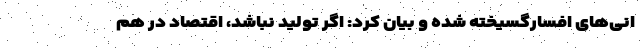
انی‌های افسارگسیخته شده و بیان کرد: اگر تولید نباشد، اقتصاد در هم